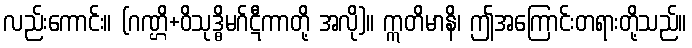
လည်းကောင်း။ (ဂဏ္ဌိ+ဝိသုဒ္ဓိမဂ်ဋီကာတို့ အလို)။ ဣတိမာနိ၊ ဤအကြောင်းတရားတို့သည်။